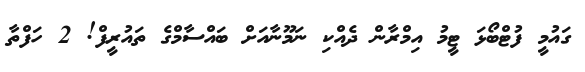
ގައުމީ ފުޓްބޯޅަ ޓީމު އިމްރާން ދެއްކި ނަމޫނާއަށް ބައްސާމްގެ ތައުރީފް! 2 ހަފްތާ